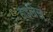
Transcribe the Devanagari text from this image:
हाइन्रिख